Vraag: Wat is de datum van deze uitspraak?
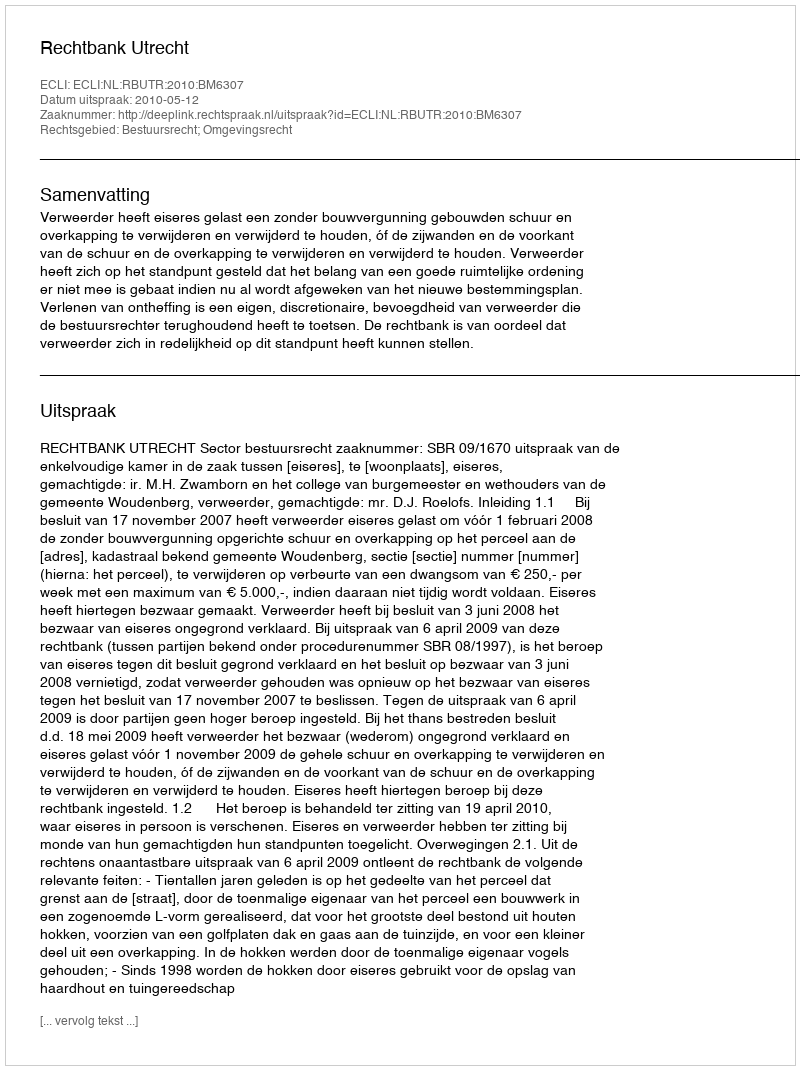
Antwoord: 2010-05-12